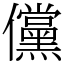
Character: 儻